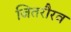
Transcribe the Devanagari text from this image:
जितरौरव